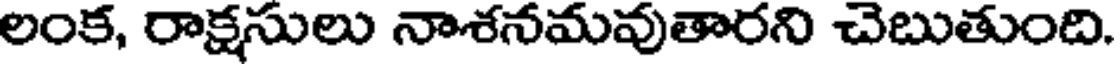
లంక, రాక్షసులు నాశనమవుతారని చెబుతుంది.